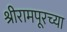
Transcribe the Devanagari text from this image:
श्रीरामपूरच्या